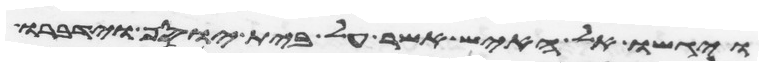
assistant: ויגשו אל האיש אשר על בית יוסף וידברו